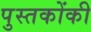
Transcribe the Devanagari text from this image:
पुस्‍तकोंकी